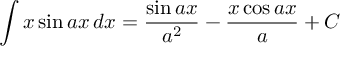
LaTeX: \int x \sin a x \, d x = { \frac { \sin a x } { a ^ { 2 } } } - { \frac { x \cos a x } { a } } + C